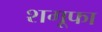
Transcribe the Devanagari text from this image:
शगूफा